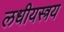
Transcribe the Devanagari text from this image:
लधीयस्त्रय